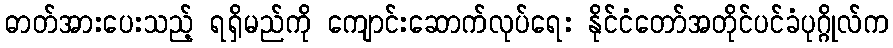
ဓာတ်အားပေးသည့် ရရှိမည်ကို ကျောင်းဆောက်လုပ်ရေး နိုင်ငံတော်အတိုင်ပင်ခံပုဂ္ဂိုလ်က